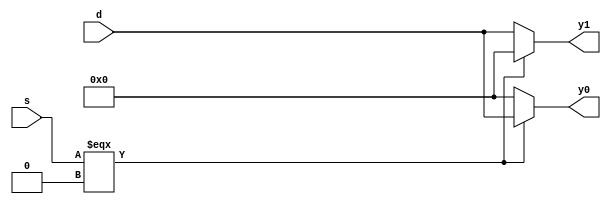
module demux2 # (parameter WIDTH = 8)
(input [WIDTH-1:0] d, input s,
output reg [WIDTH-1:0] y0, y1);

always@(*) begin
if (s === 0)begin
	y0 <= d;
	y1 <= 0;
end
else begin
	y1 <= d;
	y0 <= 0;
	end
end
endmodule